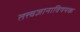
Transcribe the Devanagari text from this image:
तत्त्वज्ञानाविषयक